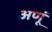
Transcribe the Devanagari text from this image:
अणूं